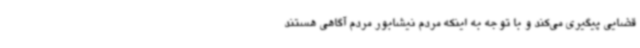
قضایی پیگیری می‌کند و با توجه به اینکه مردم نیشابور مردم آگاهی هستند